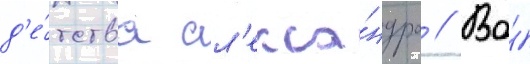
д'е́тства ал'екса́ндра // Во́